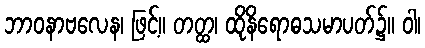
ဘာဝနာဗလေန၊ ဖြင့်။ တတ္ထ၊ ထိုနိရောဓသမာပတ်၌။ ဝါ၊